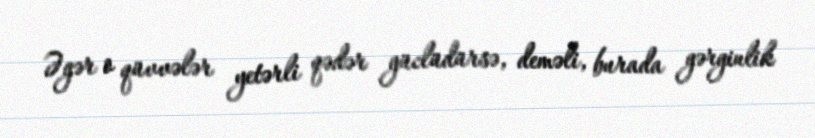
Əgər o qüvvələr yetərli qədər güclüdürsə, deməli, burada gərginlik